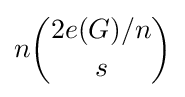
n{\binom {2e(G)/n}{s}}